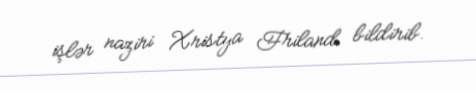
işlər naziri Xristya Friland bildirib.